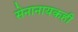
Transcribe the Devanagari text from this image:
सेनानायकही